Annual administration report of the Civil Veterinary Department of India - 1896-1897
Year: 1896
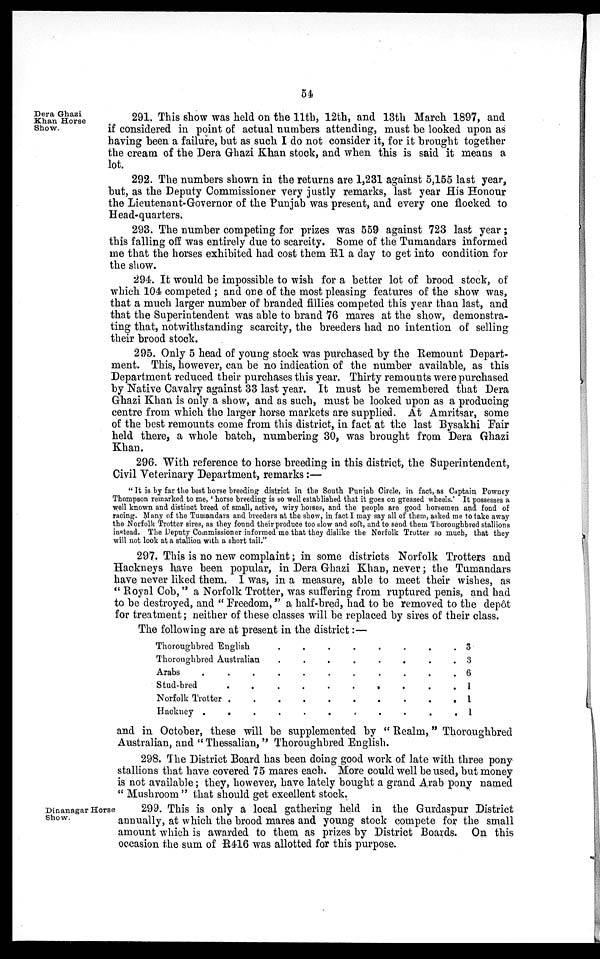
54
Dera Ghazi
Khan Horse
Show.
291. This show was held on the 11th, 12th, and 13th March 1897, and
if considered in point of actual numbers attending, must be looked upon as
having been a failure, but as such I do not consider it, for it brought together
the cream of the Dera Ghazi Khan stock, and when this is said it means a
lot.
292. The numbers shown in the returns are 1,231 against 5,155 last year,
but, as the Deputy Commissioner very justly remarks, last year His Honour
the Lieutenant-Governor of the Punjab was present, and every one flocked to
Head-quarters.
293. The number competing for prizes was 559 against 723 last year;
this falling off was entirely due to scarcity. Some of the Tumandars informed
me that the horses exhibited had cost them R1 a day to get into condition for
the show.
294. It would be impossible to wish for a better lot of brood stock, of
which 104 competed; and one of the most pleasing features of the show was,
that a much larger number of branded fillies competed this year than last, and
that the Superintendent was able to brand 76 mares at the show, demonstra-
ting that, notwithstanding scarcity, the breeders had no intention of selling
their brood stock.
295. Only 5 head of young stock was purchased by the Remount Depart-
ment. This, however, can be no indication of the number available, as this
Department reduced their purchases this year. Thirty remounts were purchased
by Native Cavalry against 33 last year. It must be remembered that Dera
Ghazi Khan is only a show, and as such, must be looked upon as a producing
centre from which the larger horse markets are supplied. At Amritsar, some
of the best remounts come from this district, in fact at the last Bysakhi Fair
held there, a whole batch, numbering 30, was brought from Dera Ghazi
Khan.
296. With reference to horse breeding in this district, the Superintendent,
Civil Veterinary Department, remarks:—
"It is by far the best horse breeding district in the South Punjab Circle, in fact, as Captain Powney
Thompson remarked to me, ' horse breeding is so well established that it goes on greased wheels.' It possesses a
well known and distinct breed of small, active, wiry horses, and the people are good horsemen and fond of
racing. Many of the Tumandars and breeders at the show, in fact I may say all of them, asked me to take away
the Norfolk Trotter sires, as they found their produce too slow and soft, and to send them Thoroughbred stallions
instead. The Deputy Commissioner informed me that they dislike the Norfolk Trotter so much, that they
will not look at a stallion with a short tail."
297. This is no new complaint; in some districts Norfolk Trotters and
Hackneys have been popular, in Dera Ghazi Khan, never; the Tumandars
have never liked them. I was, in a measure, able to meet their wishes, as
"Royal Cob," a Norfolk Trotter, was suffering from ruptured penis, and had
to be destroyed, and " Freedom," a half-bred, had to be removed to the depôt
for treatment; neither of these classes will be replaced by sires of their class.
The following are at present in the district:—
Thoroughbred English . . .
Thoroughbred Australian
Arabs
.
.
.
.
.
.
Stud-bred
.
.
.
.
.
Norfolk Trotter
.
.
.
.
Hackney .
.
.
.
.
.
. .
. .
.
.
. .
.
.
.
.
.
.
.
.
.
.
.
.
.
.
.
.
. 3
. 3
. 6
. 1
. 1
. 1
and in October, these will be supplemented by "Realm," Thoroughbred
Australian, and "Thessalian," Thoroughbred English.
298. The District Board has been doing good work of late with three pony
stallions that have covered 75 mares each. More could well be used, but money
is not available; they, however, have lately bought a grand Arab pony named
"Mushroom" that should get excellent stock.
Dinanagar Horse
Show.
299. This is only a local gathering held in the Gurdaspur District
annually, at which the brood mares and young stock compete for the small
amount which is awarded to them as prizes by District Boards. On this
occasion the sum of R416 was allotted for this purpose.